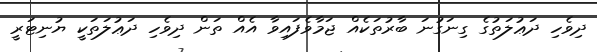
ދިވެހި ދަޢުލަތުގެ ގިނަގުނަ ބާރުތަކެއް ޖަމާވެފައިވާ އެއް ތަން ދިވެހި ދަޢުލަތަކީ ޔުނިޓަރީ